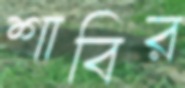
শাবির